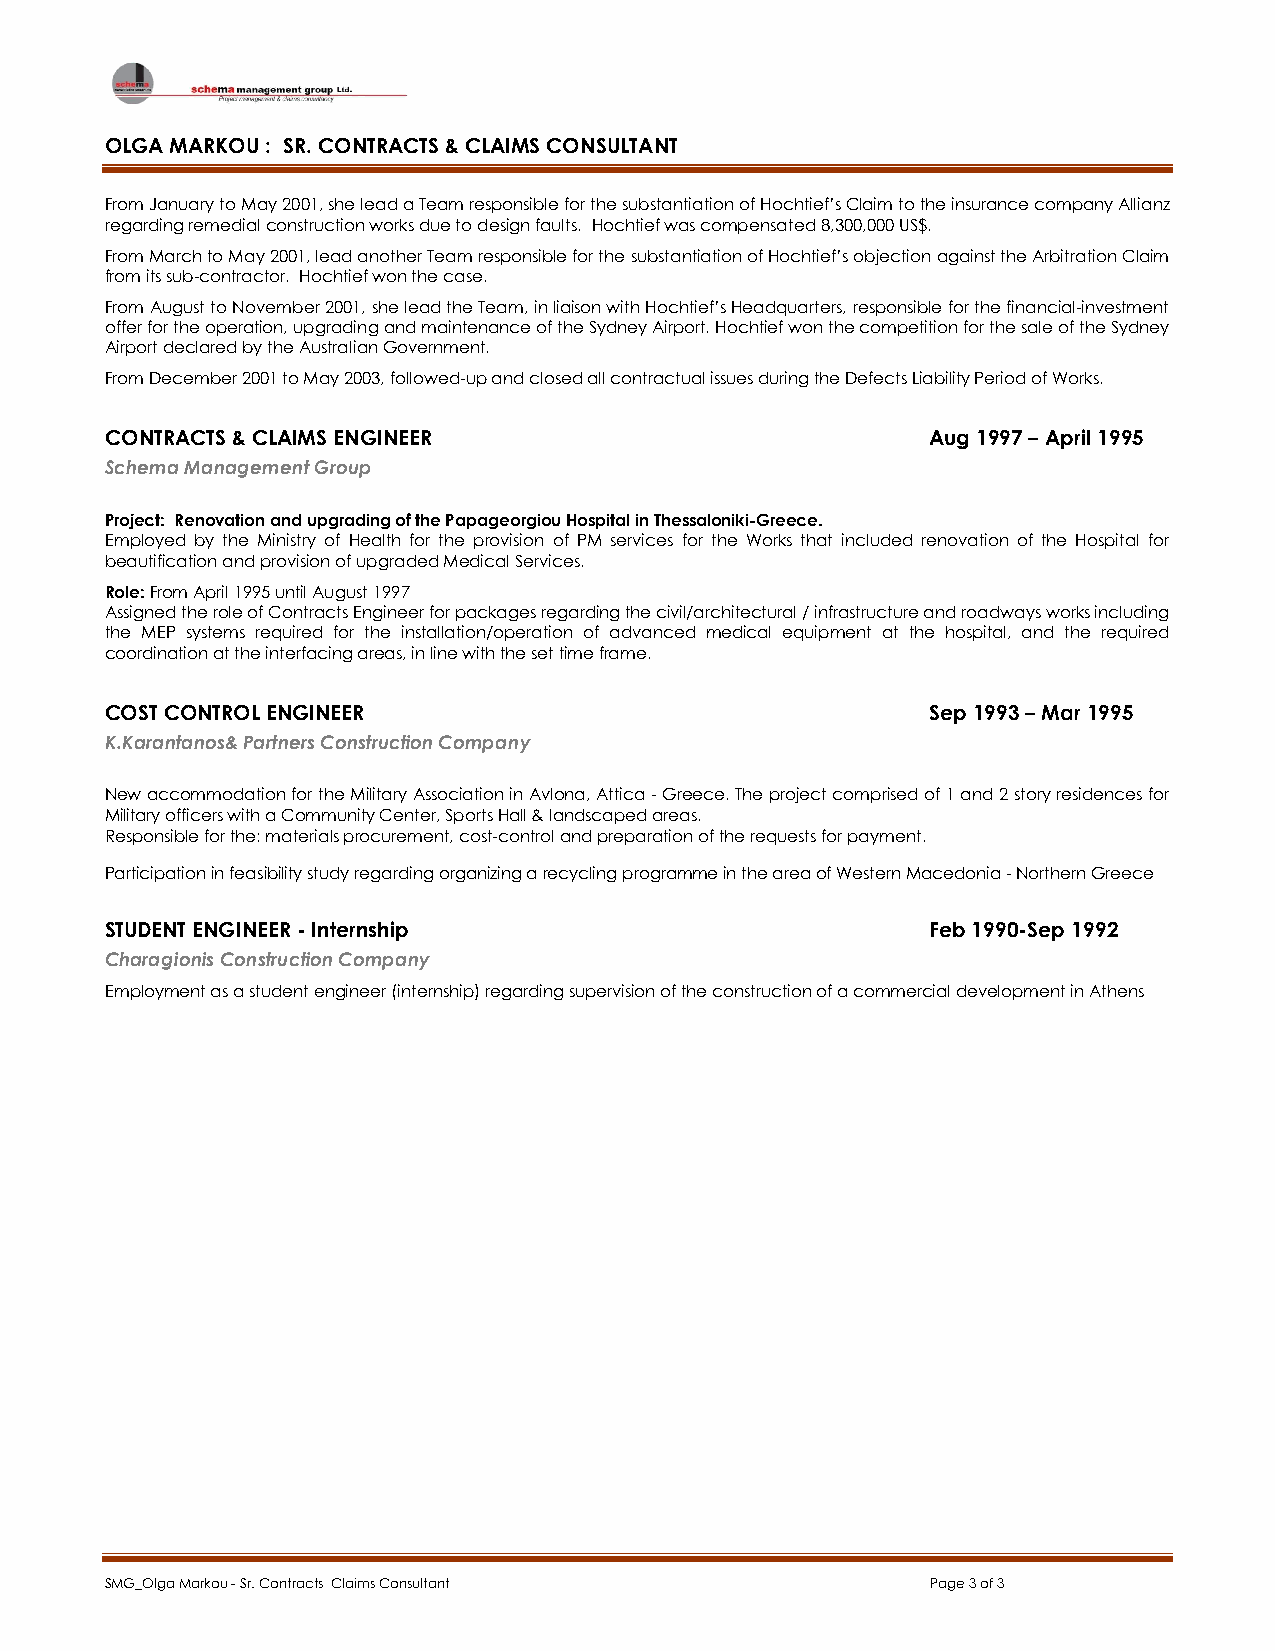
OLGA MARKOU : SR. CONTRACTS & CLAIMS CONSULTANT
 From January to May 2001, she lead a Team responsible for the substantiation of Hochtief’s Claim to the insurance company Allianz
 regarding remedial construction works due to design faults. Hochtief was compensated 8,300,000 US$.
 From March to May 2001, lead another Team responsible for the substantiation of Hochtief’s objection against the Arbitration Claim
 from its sub-contractor. Hochtief won the case.
 From August to November 2001, she lead the Team, in liaison with Hochtief’s Headquarters, responsible for the financial-investment
 offer for the operation, upgrading and maintenance of the Sydney Airport. Hochtief won the competition for the sale of the Sydney
 Airport declared by the Australian Government.
 From December 2001 to May 2003, followed-up and closed all contractual issues during the Defects Liability Period of Works.
 CONTRACTS & CLAIMS ENGINEER                            Aug 1997 – April 1995
 Schema Management Group
 Project: Renovation and upgrading of the Papageorgiou Hospital in Thessaloniki-Greece.
 Employed by the Ministry of Health for the provision of PM services for the Works that included renovation of the Hospital for
 beautification and provision of upgraded Medical Services.
 Role: From April 1995 until August 1997
 Assigned the role of Contracts Engineer for packages regarding the civil/architectural / infrastructure and roadways works including
 the MEP systems required for the installation/operation of advanced medical equipment at the hospital, and the required
 coordination at the interfacing areas, in line with the set time frame.
 COST CONTROL ENGINEER                                  Sep 1993 – Mar 1995
 K.Karantanos& Partners Construction Company
 New accommodation for the Military Association in Avlona, Attica - Greece. The project comprised of 1 and 2 story residences for
 Military officers with a Community Center, Sports Hall & landscaped areas.
 Responsible for the: materials procurement, cost-control and preparation of the requests for payment.
 Participation in feasibility study regarding organizing a recycling programme in the area of Western Macedonia - Northern Greece
 STUDENT ENGINEER - Internship                          Feb 1990-Sep 1992
 Charagionis Construction Company
 Employment as a student engineer (internship) regarding supervision of the construction of a commercial development in Athens
 SMG_Olga Markou - Sr. Contracts Claims Consultant      Page 3 of 3